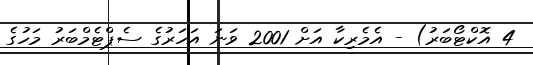
4 އޮކްޓޯބަރު) - އެމެރިކާ އަށް 2001 ވަނަ އަހަރުގެ ސެޕްޓެމްބަރު މަހުގެ